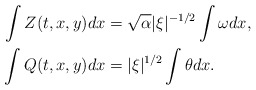
\begin{align*} \int Z(t,x,y) dx &= \sqrt{\alpha} |\xi|^{-1/2} \int \omega dx, \\ \int Q(t,x,y) dx &= |\xi|^{1/2} \int \theta dx.\end{align*}